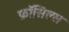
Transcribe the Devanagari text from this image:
फ़ॉसिल्स